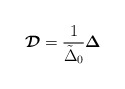
\begin{align*}\mbox{\boldmath{${\cal D}$}}={1\over \tilde \Delta_0}\mbox{\boldmath{$\Delta$}}\end{align*}